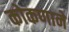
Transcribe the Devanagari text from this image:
कोकणाने